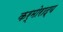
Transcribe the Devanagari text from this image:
कर्मोराद्य